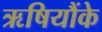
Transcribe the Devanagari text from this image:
ऋषियौंके